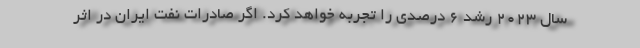
سال 2023 رشد 6 درصدی را تجربه خواهد کرد. اگر صادرات نفت ایران در اثر